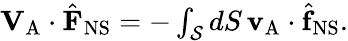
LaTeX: \begin{array}{r}{\mathbf{V}_{\mathrm{A}}\cdot\hat{\mathbf{F}}_{\mathrm{NS}}=-\int_{\mathcal{S}}dS\, \mathbf{v}_{\mathrm{A}}\cdot\hat{\mathbf{f}}_{\mathrm{NS}}.}\end{array}